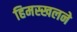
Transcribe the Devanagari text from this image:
हिमस्खलने